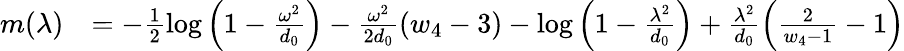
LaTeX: \begin{array}{rl}{m(\lambda)}&{=-\frac{1}{2}\log\left(1-\frac{\omega^{2}}{d_{0}}\right)-\frac{\omega^{2}}{2d_{0}}(w_{4}-3)-\log\left(1-\frac{\lambda^{2}}{d_{0}}\right)+\frac{\lambda^{2}}{d_{0}}\left(\frac{2}{w_{4}-1}-1\right)}\end{array}